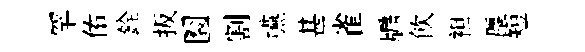
罕佑銓扳圜割嚥甚雀牖飲袒塵短